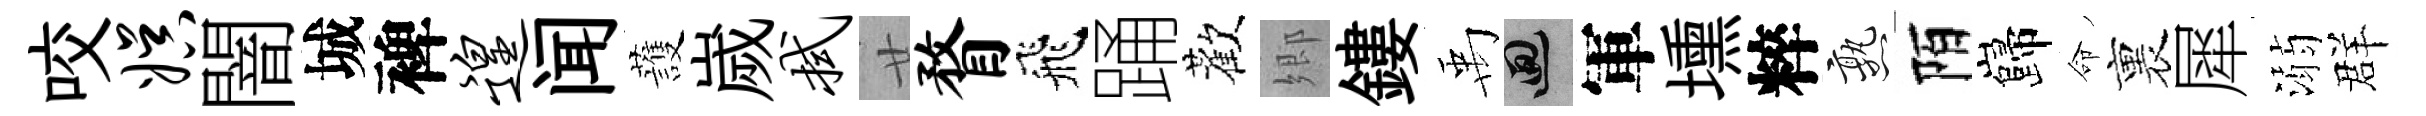
咬娱闇城裨遑闻䕶嵗拭廿瞀飛踊歡郷鏤禹回軍壎粹熟陌巋命裏犀溺群